Cholera in India, 1862 to 1881
Year: 1862
Disease focus: Cholera
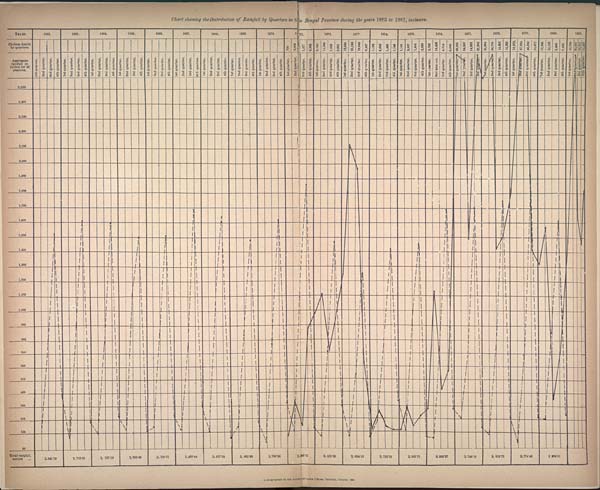
Chart showing the Distribution of Rainfall by Quarters in the Bengal Province during the years 1862 to 1881, inclusive.
Lithographed at the Survey of India Offices, Calcutta, October 1884.